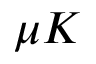
\mu K